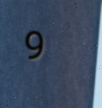
9